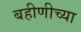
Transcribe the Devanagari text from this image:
बहीणीच्या